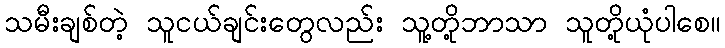
သမီးချစ်တဲ့ သူငယ်ချင်းတွေလည်း သူ့တို့ဘာသာ သူတို့ယုံပါစေ။